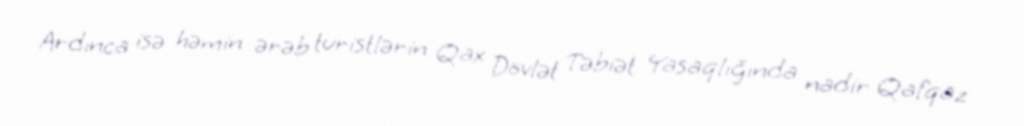
Ardınca isə həmin ərəb turistlərin Qax Dövlət Təbiət Yasaqlığında nadir Qafqaz